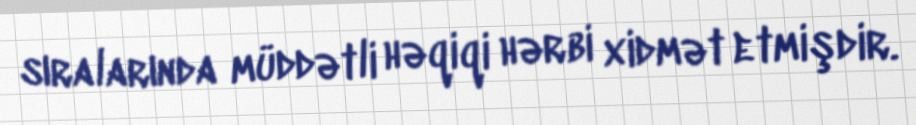
sıralarında müddətli həqiqi hərbi xidmət etmişdir.